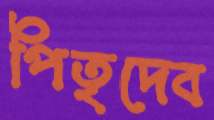
পিতৃদেব